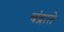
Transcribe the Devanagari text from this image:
चंद्राते